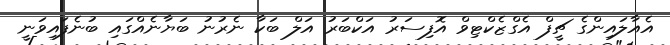
އެއާލައިންގެ ޗީފް އެގްޒެކްޓިވް އޮފިސަރު އަކްބަރު އަލް ބަކާ ނެރުނު ބަޔާނެއްގައި ބުނެފައިވަނީ